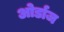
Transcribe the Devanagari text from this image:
ओर्डाज